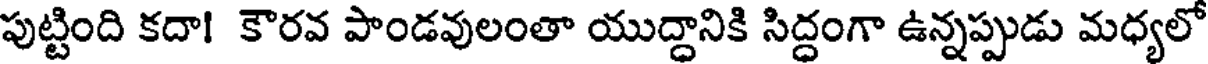
పుట్టింది కదా! కౌరవ పాండవులంతా యుద్ధానికి సిద్ధంగా ఉన్నప్పుడు మధ్యలో